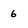
Character: 6